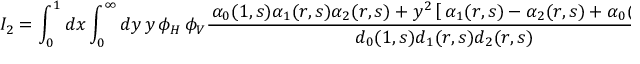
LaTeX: { \cal I } _ { 2 } = \int _ { 0 } ^ { 1 } d x \int _ { 0 } ^ { \infty } d y \, y \, \phi _ { H } \, \phi _ { V } \frac { \, \alpha _ { 0 } ( 1 , s ) \alpha _ { 1 } ( r , s ) \alpha _ { 2 } ( r , s ) + y ^ { 2 } \left[ \, \alpha _ { 1 } ( r , s ) - \alpha _ { 2 } ( r , s ) + \alpha _ { 0 } ( 1 , s ) \, \right] \, } { d _ { 0 } ( 1 , s ) d _ { 1 } ( r , s ) d _ { 2 } ( r , s ) } \, ,